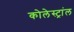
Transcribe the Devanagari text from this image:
कोलेस्ट्रांल